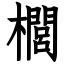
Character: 櫚